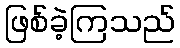
ဖြစ်ခဲ့ကြသည်